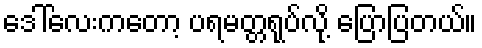
ဒေါ်လေးကတော့ ပရမတ္တရုပ်လို့ ပြောပြတယ်။